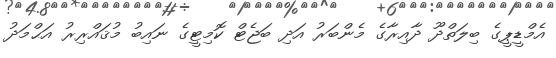
އެމްޑީޕީގެ ބިލަތްދޫ ދާއިރާގެ މެންބަރު އަދި ބަޖެޓް ކޮމިޓީގެ ނައިބު މުޤައްރިރު އަޙްމަދު